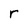
Character: r